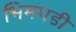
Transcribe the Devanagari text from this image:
भिमथडी